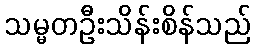
သမ္မတဦးသိန်းစိန်သည်